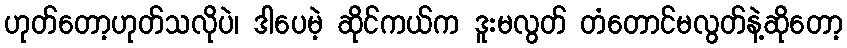
ဟုတ်တော့ဟုတ်သလိုပဲ၊ ဒါပေမဲ့ ဆိုင်ကယ်က ဒူးမလွတ် တံတောင်မလွတ်နဲ့ဆိုတော့